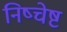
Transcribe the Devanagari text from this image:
निष्चेष्ट